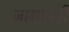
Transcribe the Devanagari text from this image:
जागातही